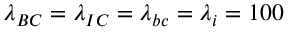
\lambda _ { B C } = \lambda _ { I C } = \lambda _ { b c } = \lambda _ { i } = 1 0 0